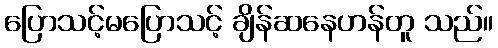
ပြောသင့်မပြောသင့် ချိန်ဆနေဟန်တူ သည်။